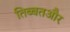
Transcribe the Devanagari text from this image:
तिब्बतऔर